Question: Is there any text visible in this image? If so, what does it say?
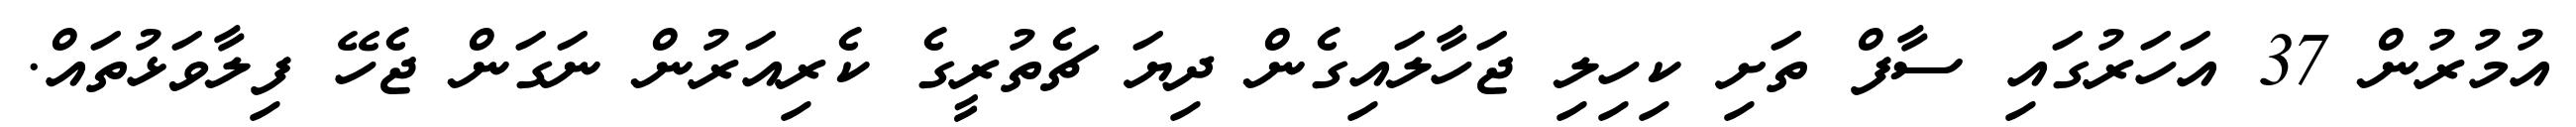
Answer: އުމުރުން 37 އަހަރުގައި ސާފް ތަށި ކިހިލި ޖަހާލައިގެން ދިޔަ ޗެތުރީގެ ކެރިއަރުން ނަގަން ޖެހޭ ފިލާވަޅުތައް.